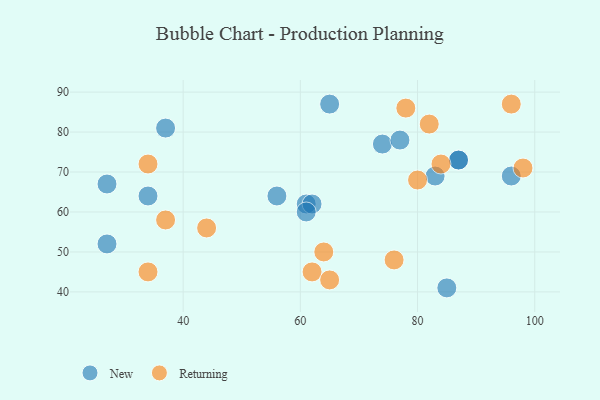
{"axis": {"x": "GDP", "y": "Life Expectancy"}, "legend": ["New", "Returning"], "data": [{"x": "61", "y": 62, "type": "New"}, {"x": "27", "y": 52, "type": "New"}, {"x": "85", "y": 41, "type": "New"}, {"x": "74", "y": 77, "type": "New"}, {"x": "65", "y": 87, "type": "New"}, {"x": "34", "y": 64, "type": "New"}, {"x": "83", "y": 69, "type": "New"}, {"x": "62", "y": 62, "type": "New"}, {"x": "37", "y": 81, "type": "New"}, {"x": "96", "y": 69, "type": "New"}, {"x": "56", "y": 64, "type": "New"}, {"x": "27", "y": 67, "type": "New"}, {"x": "77", "y": 78, "type": "New"}, {"x": "87", "y": 73, "type": "New"}, {"x": "61", "y": 60, "type": "New"}, {"x": "87", "y": 73, "type": "New"}, {"x": "64", "y": 50, "type": "Returning"}, {"x": "82", "y": 82, "type": "Returning"}, {"x": "37", "y": 58, "type": "Returning"}, {"x": "84", "y": 72, "type": "Returning"}, {"x": "96", "y": 87, "type": "Returning"}, {"x": "34", "y": 45, "type": "Returning"}, {"x": "98", "y": 71, "type": "Returning"}, {"x": "80", "y": 68, "type": "Returning"}, {"x": "44", "y": 56, "type": "Returning"}, {"x": "62", "y": 45, "type": "Returning"}, {"x": "65", "y": 43, "type": "Returning"}, {"x": "76", "y": 48, "type": "Returning"}, {"x": "78", "y": 86, "type": "Returning"}, {"x": "34", "y": 72, "type": "Returning"}]}